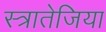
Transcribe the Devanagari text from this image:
स्त्रातेजिया